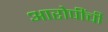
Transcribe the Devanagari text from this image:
आरोपींची